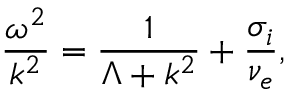
\frac { \omega ^ { 2 } } { k ^ { 2 } } = \frac { 1 } { \Lambda + k ^ { 2 } } + \frac { \sigma _ { i } } { \nu _ { e } } ,